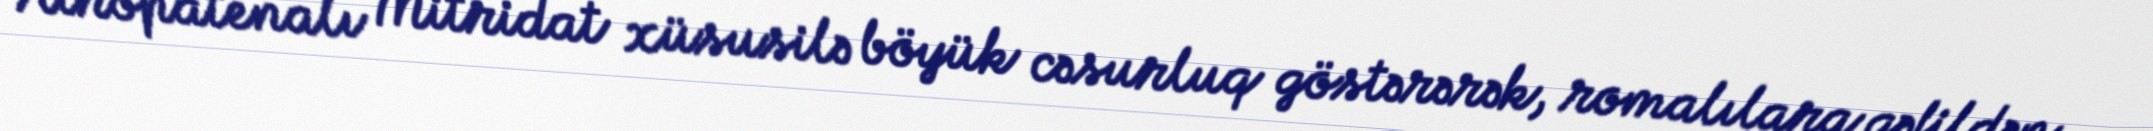
Atropatenalı Mitridat xüsusilə böyük cəsurluq göstərərək, romalılara qəfildən